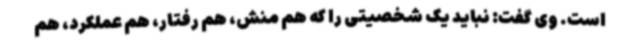
است. وی گفت: نباید یک شخصیتی را که هم منش، هم رفتار، هم عملکرد، هم